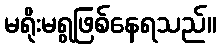
မရိုးမရွဖြစ်နေရသည်။